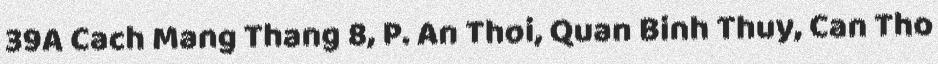
39A Cach Mang Thang 8, P. An Thoi, Quan Binh Thuy, Can Tho